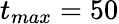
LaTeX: t_{max}=50